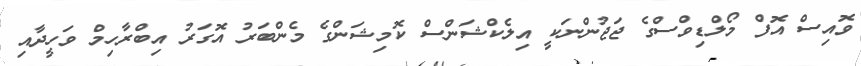
ވޮއިސް އޮފް މޯލްޑިވްސްގެ ޖަޖުންނަކީ އިލެކްޝަންސް ކޮމިޝަންގެ މެންބަރު އޮގަރު އިބްރާހިމް ވަހީދާއި